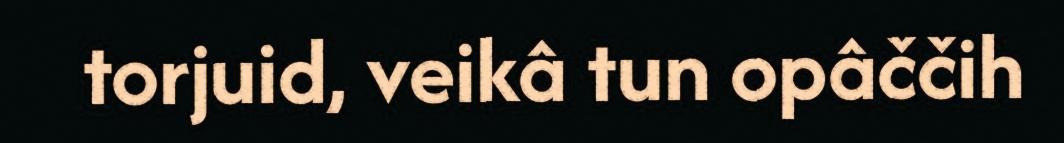
torjuid, veikâ tun opâččih